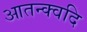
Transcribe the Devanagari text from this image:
आतन्क्वदि